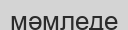
мәмледе